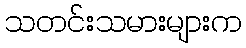
သတင်းသမားများက